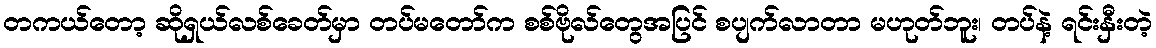
တကယ်တော့ ဆိုရှယ်လစ်ခေတ်မှာ တပ်မတော်က စစ်ဗိုလ်တွေအပြင် စပျက်လာတာ မဟုတ်ဘူး၊ တပ်နဲ့ ရင်းနှီးတဲ့